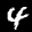
Label: 4